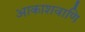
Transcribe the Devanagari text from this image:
आकाशवाणि